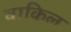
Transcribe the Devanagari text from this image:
वाकिल